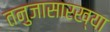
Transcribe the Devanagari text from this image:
तनुजासारख्या